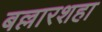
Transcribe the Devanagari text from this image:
बल्लारशहा